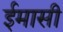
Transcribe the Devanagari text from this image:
ईमासी